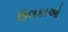
ઉલકાઓ